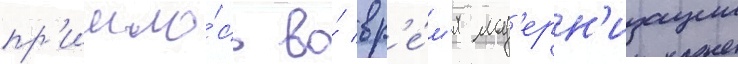
пр'ишло́сь во́ вр'е́м'я мод'ерн'изации